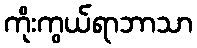
ကိုးကွယ်ရာဘာသာ